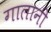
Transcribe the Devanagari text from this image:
गालानी